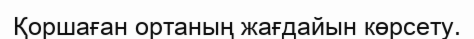
Қоршаған ортаның жағдайын көрсету.